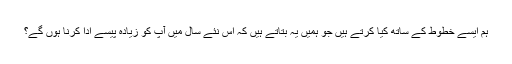
ہم ایسے خطوط کے ساتھ کیا کرتے ہیں جو ہمیں یہ بتاتے ہیں کہ اس نئے سال میں آپ کو زیادہ پیسے ادا کرنا ہوں گے؟